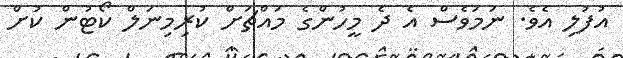
އުފުލި އެވެ. ނަމަވެސް އެ ދެ މީހުންގެ މައްޗަށް ކުރިމިނަލް ކޯޓުން ކުށް